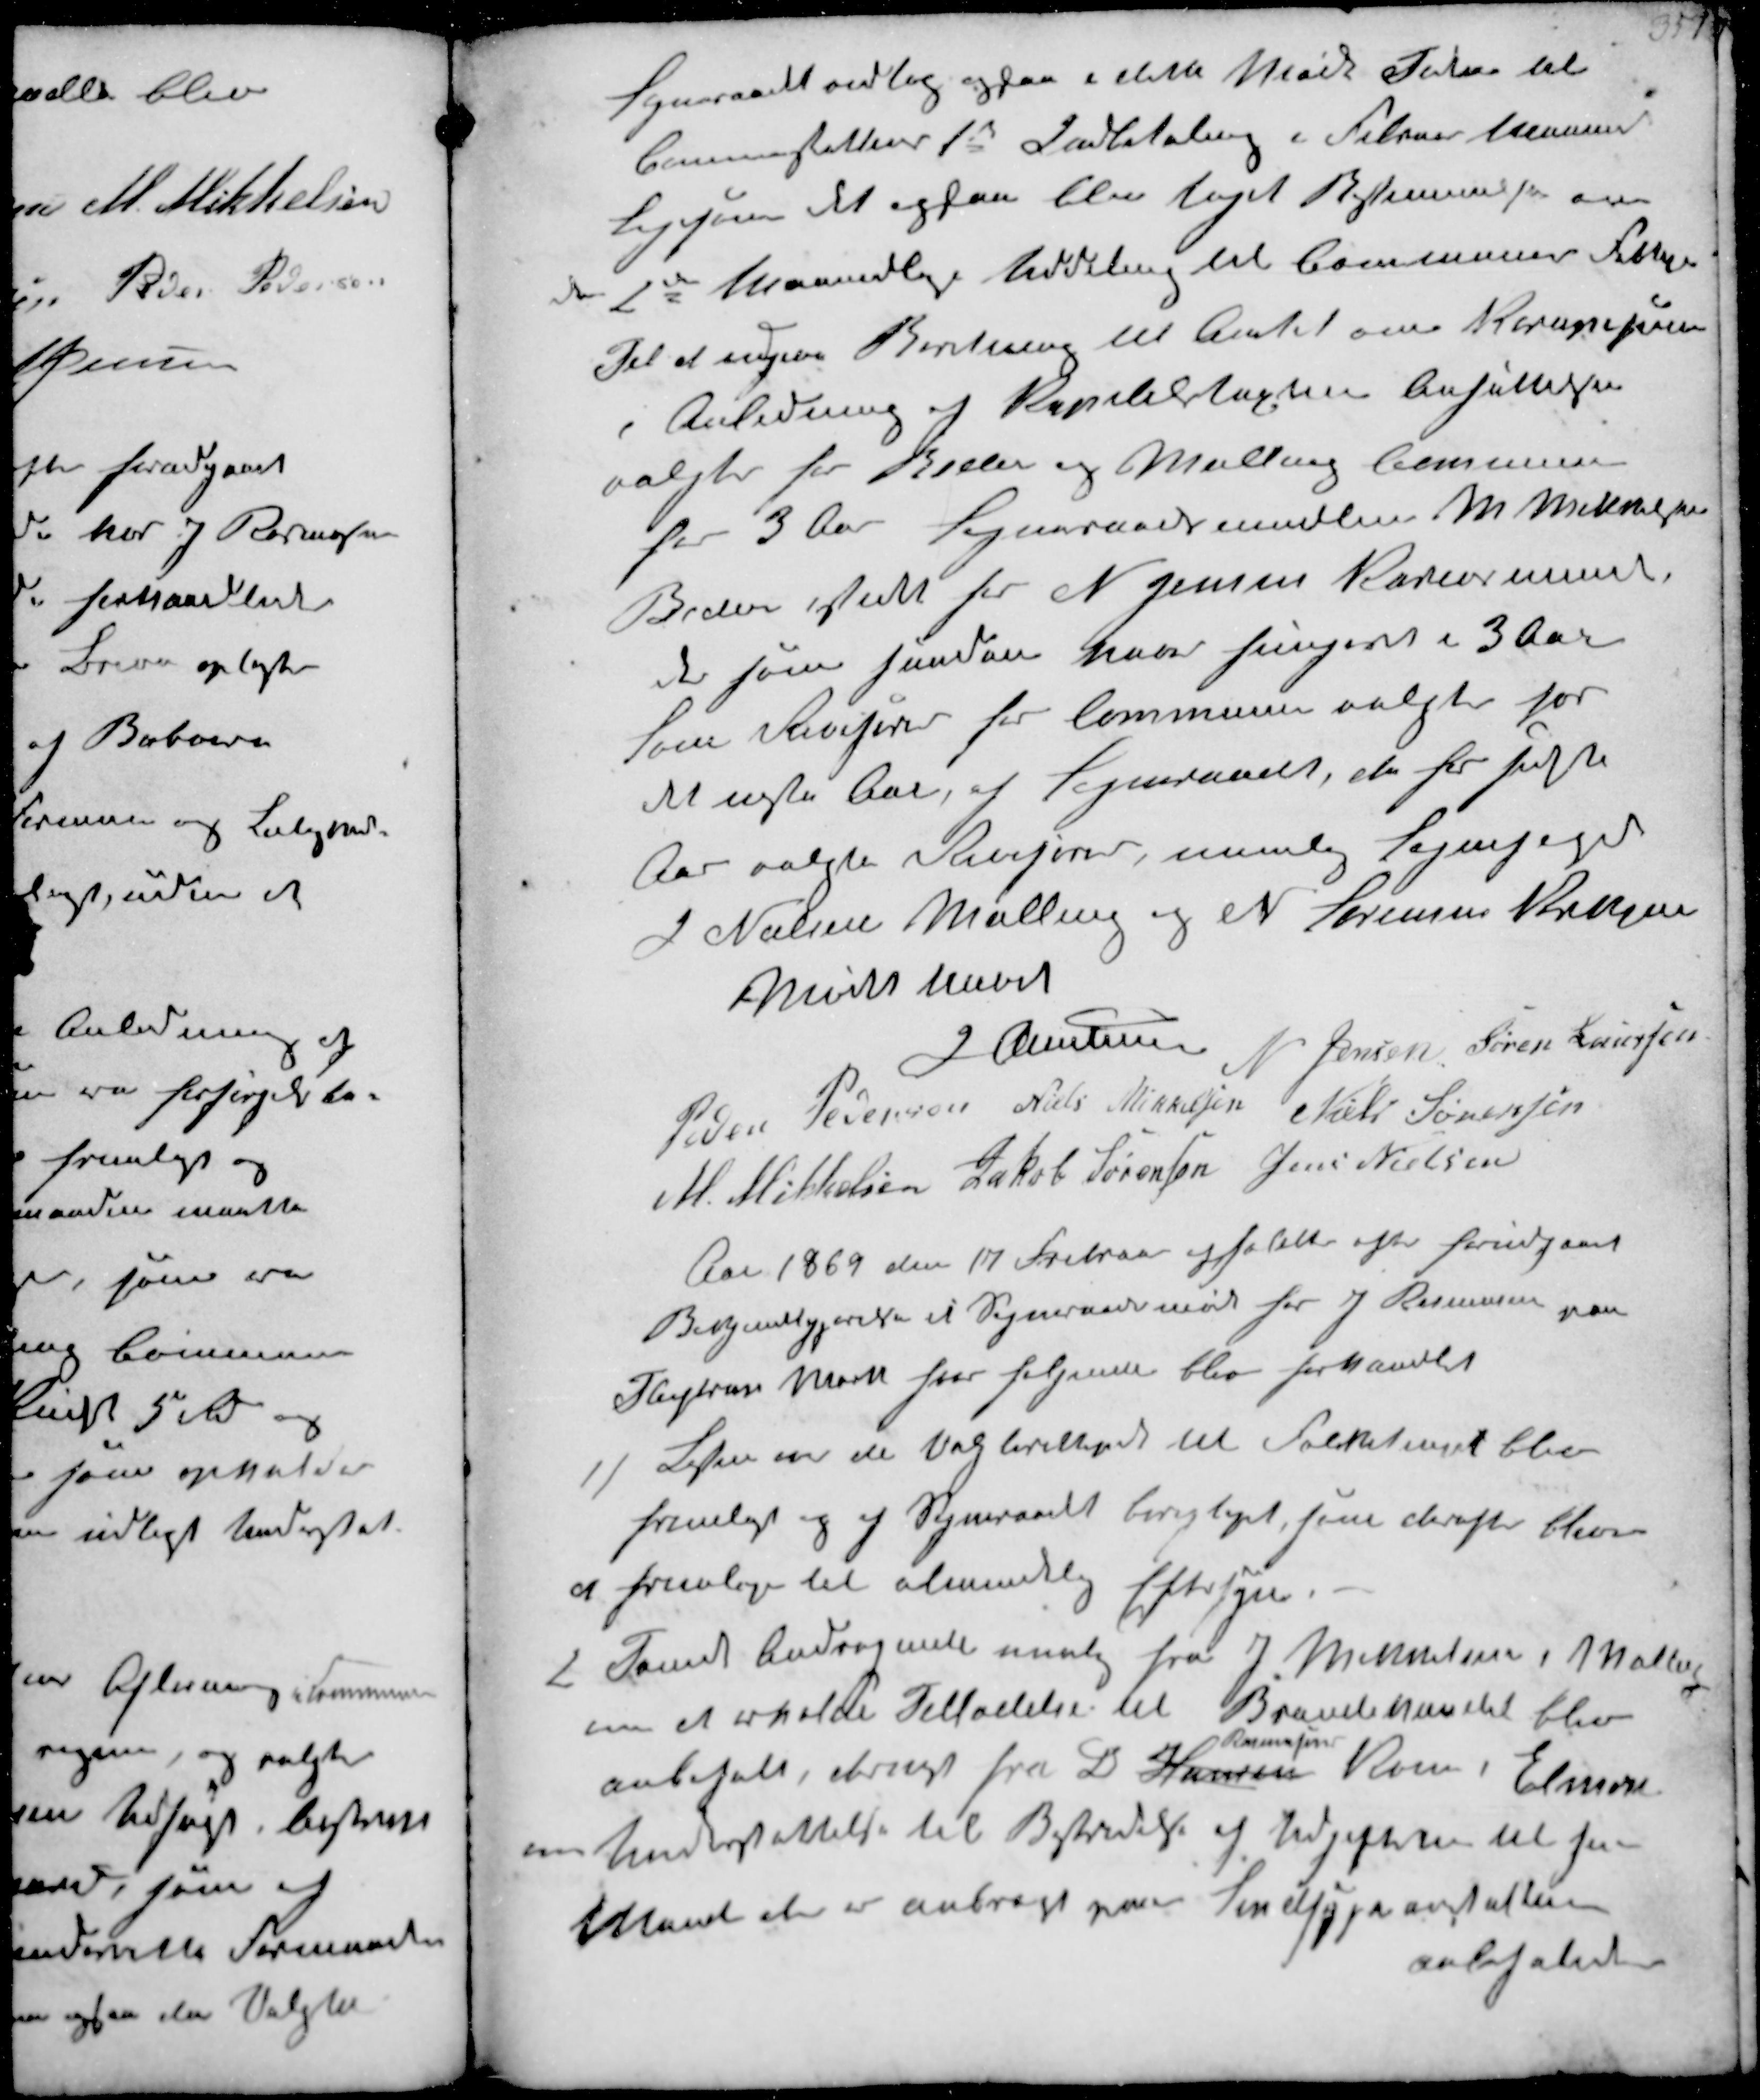
Transskription:
Sogneraadet vedtog ogsaa i dette Møde Tider til
Commeskattens 1st Indbetaling i Februar Maaned
ligesom det ogsaa blev taget Bestemmelse om
den 2den Maanedlige Uddeling til Communens Fattige
Til at indgive Beretning til Amtet om Kornpriserne
i Anledning af Kapiteltaxtens Ansættelser
valgtes for Beder og Malling Commune
for 3 Aar Sogneraadsmedlem M Mikkelsen
Beder istedet for N Jensen Karensminde
de som saadan har fungeret i 3 Aar
Som Revisorer for Communen valgtes for
det næste Aar, af Sogneraadet de for sidste
Aar valgte Revisorer nemlig Sognefoged
J Nielsen Malling og N. Sørensen Krekjær
Mødet hævet

J Christensen N. Jensen Søren Laursen
Peder Pedersen Niels Mikkelsen Niels Sørensen
M. Mikkelsen Jakob Sørensen Jens Nielsen
Aar 1869 den 17 Februar afholdtes efter forudgaaet
Bekjendtgjørelse et Sogneraademøde hos J. Rasmusen paa
Fløjstrup Mark hvor følgende blev forhandlet
1/ Listen over de Valgberettigede til Folketinget blev
fremlagt og af Sogneraadet berigtiget, som derefter bliver
at fremlægge til almindelig Eftersyn.
2 Samt Andragende nemlig fra J Mikkelsen i Malling
om at erholde Tilladelse til Brændhandel blev
anbefalet, brugt fra L
Rasmussen
Kone i Elmose
om Understøttelse til Bestridelse af Udgift til sin
Mand der er anbragt paa Sindssygeanstalten
anbefaledes